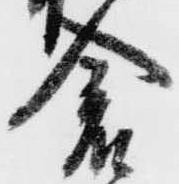
倉